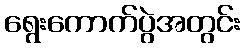
ရွေးကောက်ပွဲအတွင်း